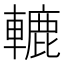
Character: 轆